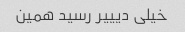
خیلی دیییر رسید همین